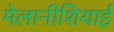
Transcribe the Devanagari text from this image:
मेलानीशियाई